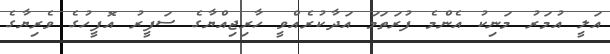
އަލީ އުމަރު މަނިކު އެންމެ ފުރަތަމަ އަދާކުރެއްވީ ހާރިޖިއްޔާގެ ސަފީރު އޮފީހުގެ ވެރިޔާގެ